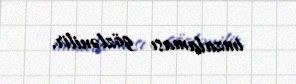
imzalaması gözlənilir.